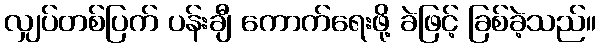
လျှပ်တစ်ပြက် ပန်းချီ ကောက်ရေးဖို့ ခဲဖြင့် ခြစ်ခဲ့သည်။